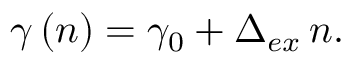
\gamma \left( n \right) = \gamma _ { 0 } + \Delta _ { e x } \, n .